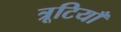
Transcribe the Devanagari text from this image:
त्रूटियाँ